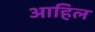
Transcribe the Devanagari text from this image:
आहिल